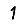
Digit: 1